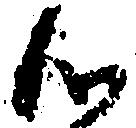
候